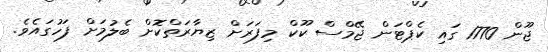
ޖޫން 1770 ގައި ކެޕްޓަން ޖޭމްސް ކޫކް މިފަރަށް ޒިޔާރަތްކޮށް ބެލުމަށް ފަހުގައެވެ.